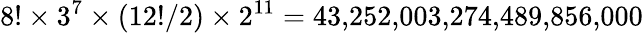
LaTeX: {8!\times 3^{7}\times(12!/2)\times 2^{11}}=43{,}252{,}003{,}274{,}489{,}856{,}000